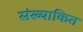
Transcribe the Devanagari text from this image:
संख्याकित